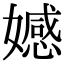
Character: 𡢳